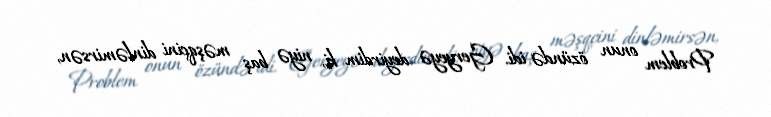
Problem onun özündə idi. Geryeyə deyirdim ki, niyə baş məşqçini dinləmirsən,